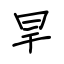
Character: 旱